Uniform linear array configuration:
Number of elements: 64
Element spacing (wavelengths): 1
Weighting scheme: binomial
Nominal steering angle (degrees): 0
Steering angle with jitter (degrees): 1.624
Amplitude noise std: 0.05
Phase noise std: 0.05

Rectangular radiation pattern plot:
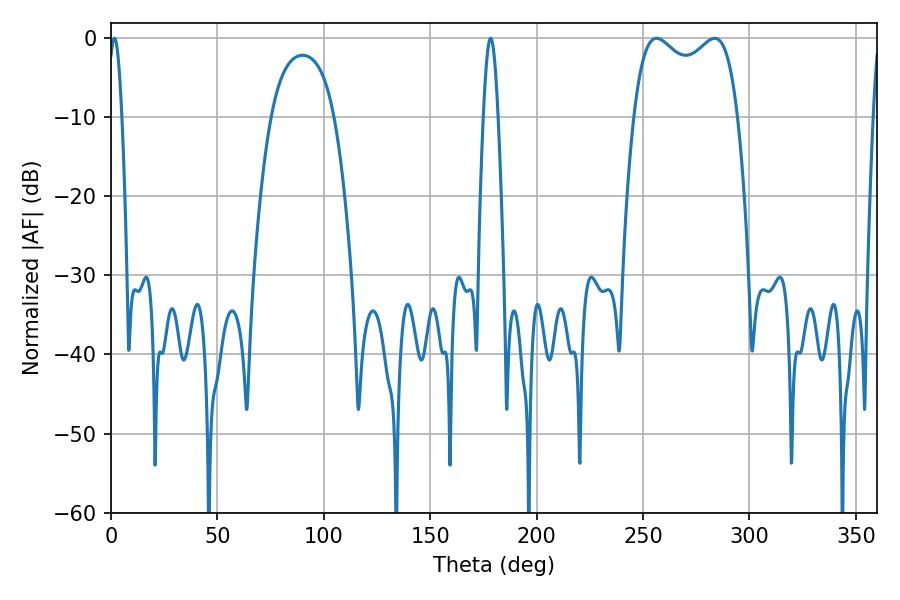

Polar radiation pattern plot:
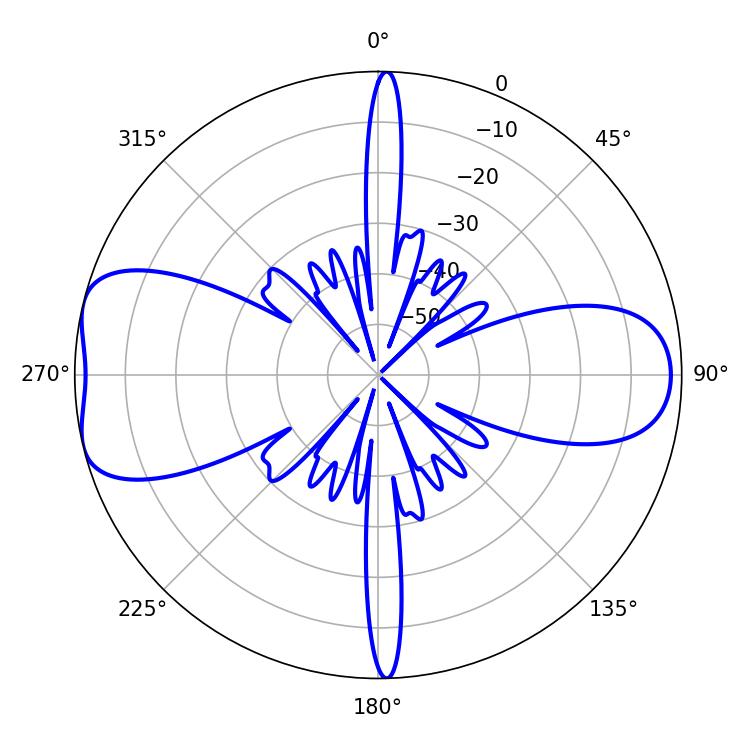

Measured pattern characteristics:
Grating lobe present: TRUE
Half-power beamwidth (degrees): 3.42
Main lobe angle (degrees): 1.62